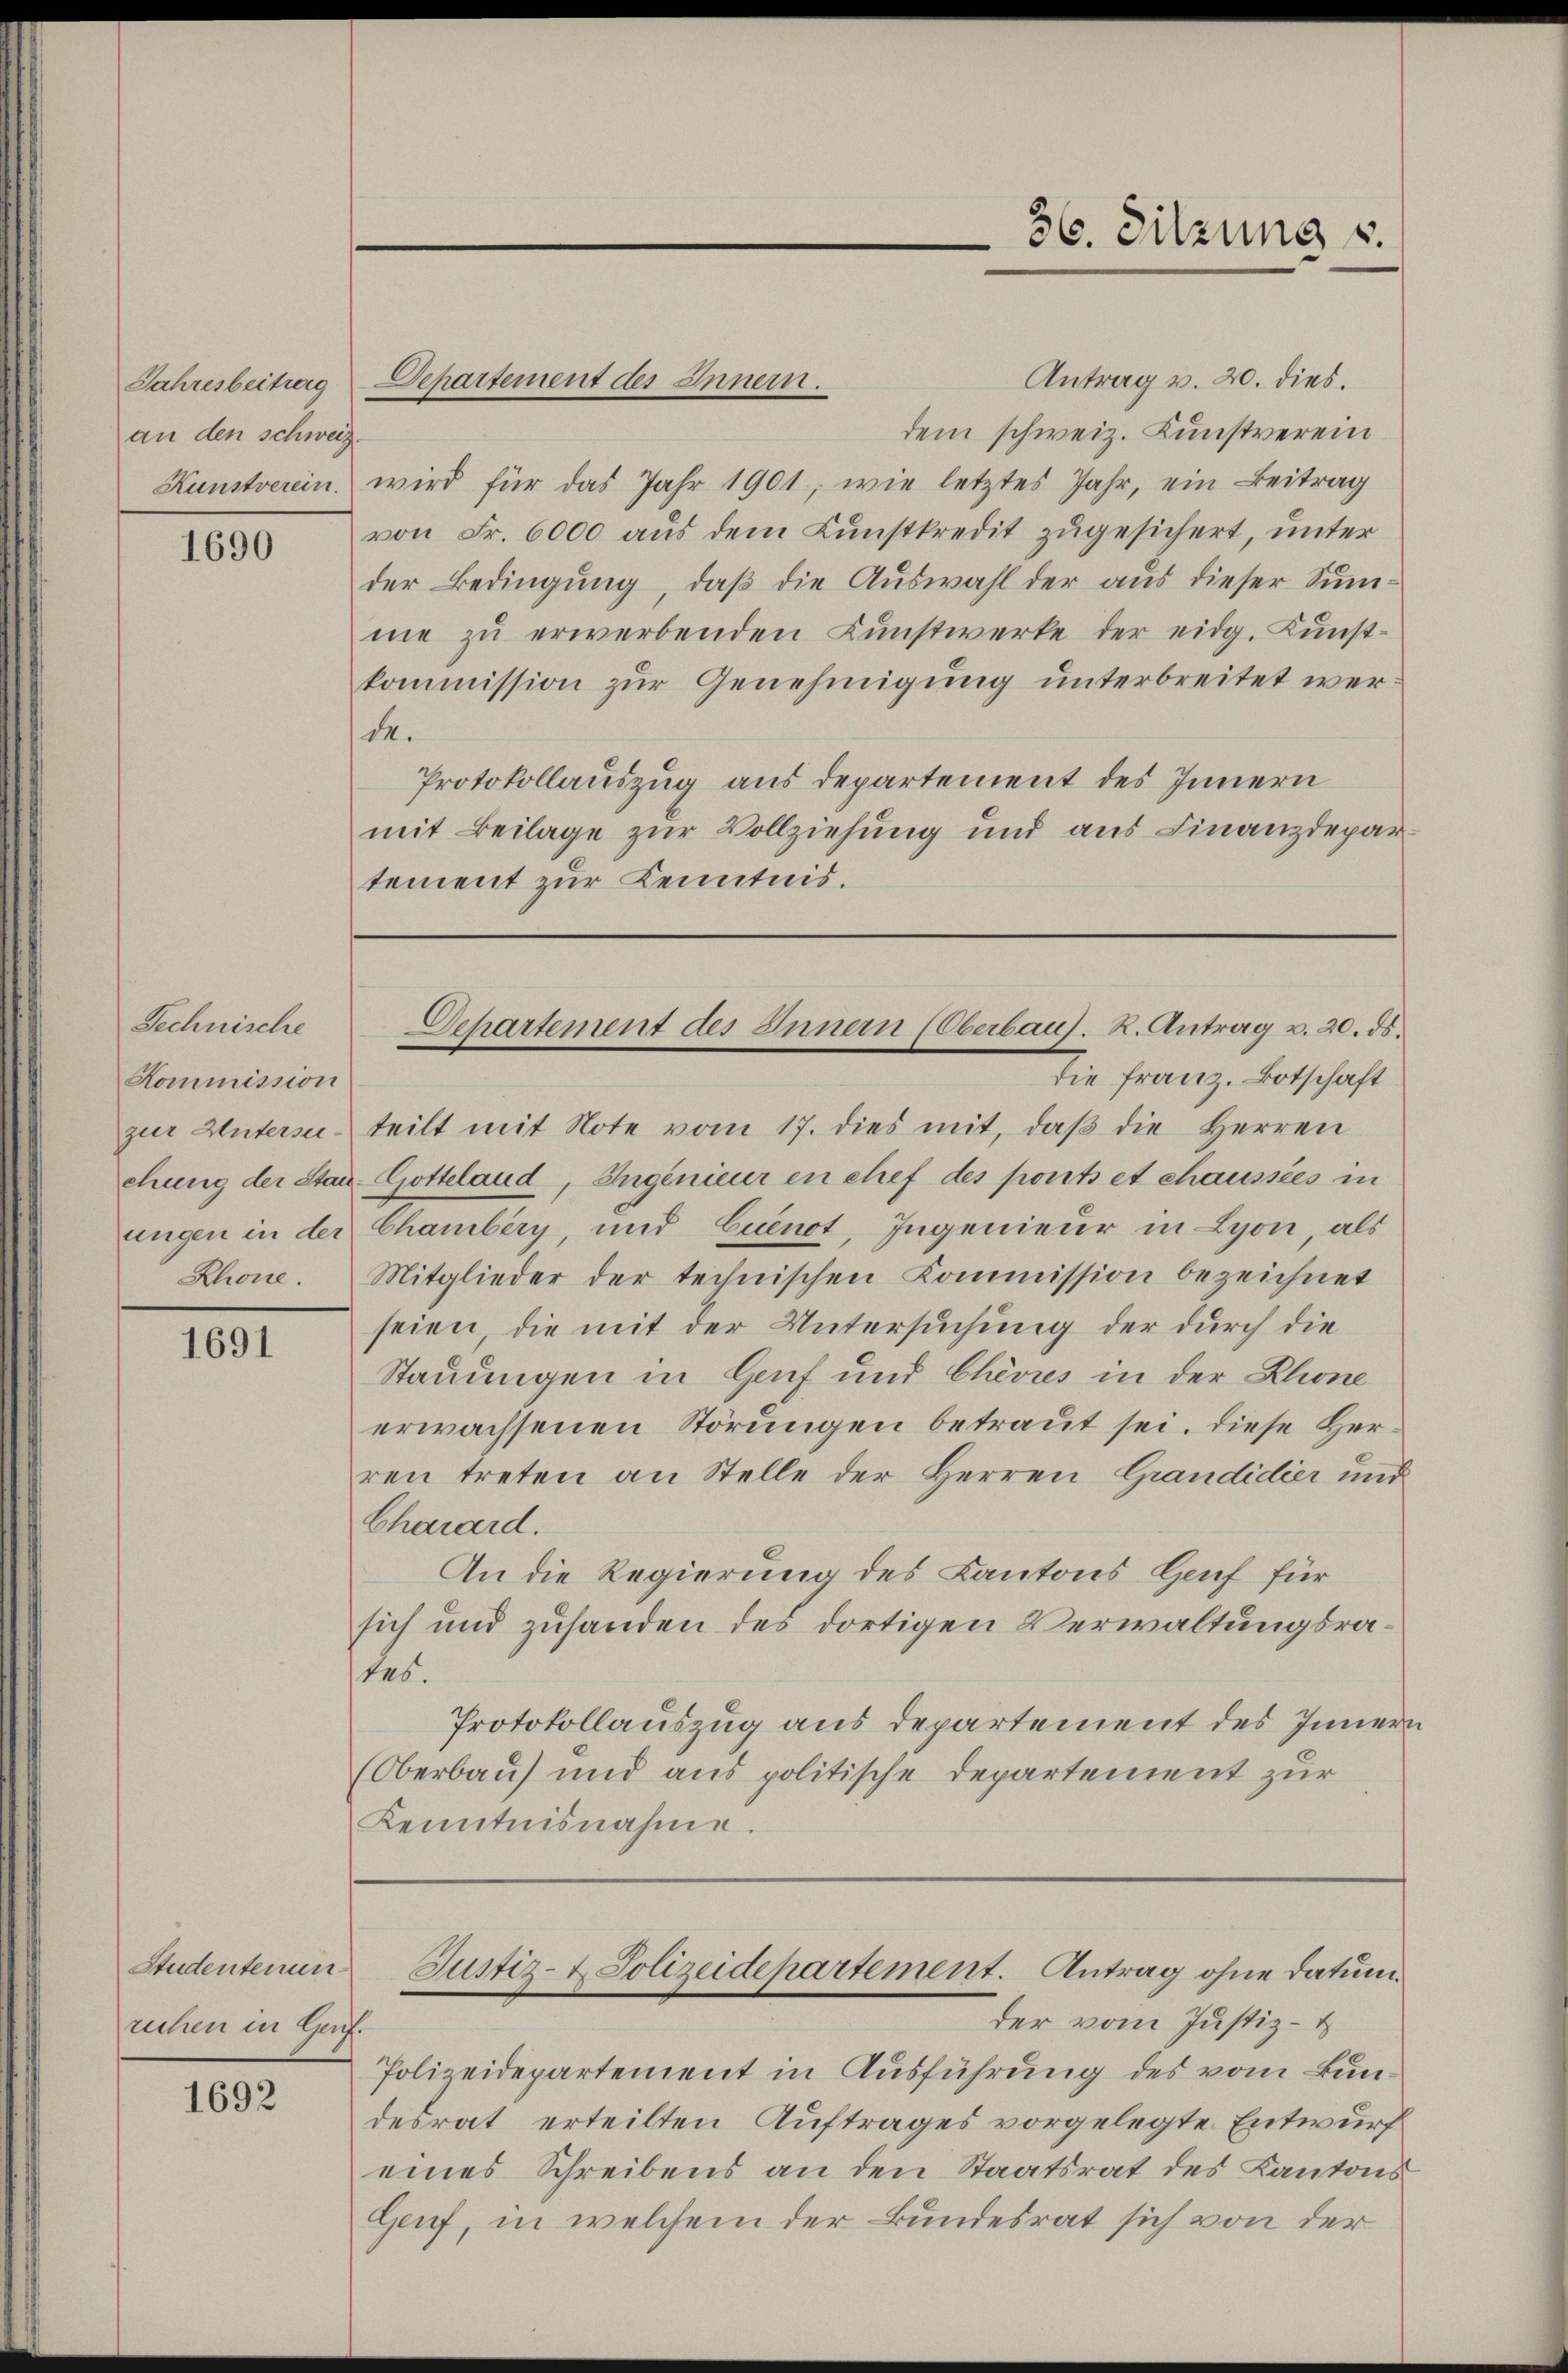
Jahresbeitrag
an den schweiz
Kunstverein.

1690

Technische
Kommission

1691

Studentenunruchen in Genf.

1692

Antrag v. 20. dies.
Dehartement des Innern.
dem schweiz. Kunstverein
wird für das Jahr 1901, wie letztes Jahr, ein Beitrag
von Fr. 6000 aus dem Kunstkredit zugesichert, unter
der Bedingung, daß die Auswahl der aus dieser Summe zŭ erwerbenden Kunstwerke der eidg. Kunstkommission zur Genehmigung unterbreitet werde.
Protokollauszug aus departement des Innern
mit Beilage zur Vollziehung und aus Finanzdepar
tement zur Kenntnis.

36. Sitzung u.

die Franz. Botschaft
zur Untersu- teilt mit Note vom 17. dies mit, daβ die Herren
ehung der Stau-Gotteland, Ingenieur en chef des ponts et chaussées in
ungen in der Chamberg, und Euenot, Ingenieur in Lyon, als
Rhone. Mitglieder der technischen Kommission bezeichnet
seien, die mit der Untersuchung der durch die
Stauungen in Genf und Chèvres in der Rhone
erwachsenen Störungen betraut sei. Diese Herren treten an Stelle der Herren Grandidier und
Charard.
An die Regierung des Kantons Genf für
sich und zusanden des dortigen Verwaltungsrakes.
Protokollauszug aus departement des Innern
(Oberbau und aus politische Departement zur
Kenntnisnahme.

Departement des Innern (Oberbaus. R. Antrag v. 20. ds.

der vom Justiz- &
Polizeidepartement in Ausführung des vom Bundesrat erteilten Auftrages vorgelegte Entwurf
eines Schreibens an den Staatsrat des Kantons¬
Genf, in welchem der Bundesrat sich von der

Justiz- & Polizeidepartement. Antrag ohne Datum.